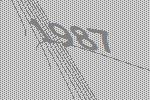
1987